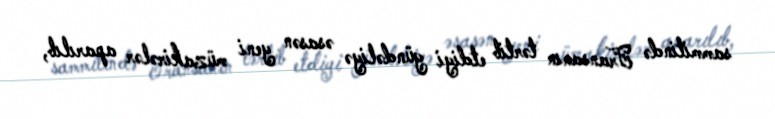
sammitində Fransanın tərtib etdiyi gündəliyə əsasən yeni müzakirələr aparılıb,